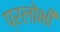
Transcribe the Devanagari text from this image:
प्रलोभी